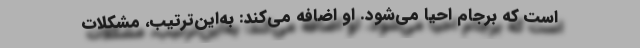
است كه برجام احیا می‌شود‌. ‌او اضافه می‌كند: به‌این‌ترتیب، مشكلات